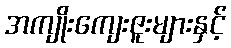
အကျိုးကျေးဇူးများနှင့်